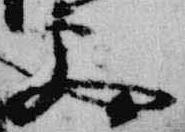
更